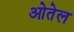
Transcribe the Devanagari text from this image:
ओतेल